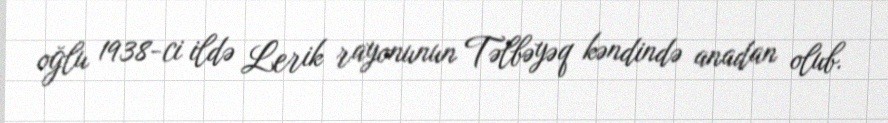
oğlu 1938-ci ildə Lerik rayonunun Təlbəyəq kəndində anadan olub.